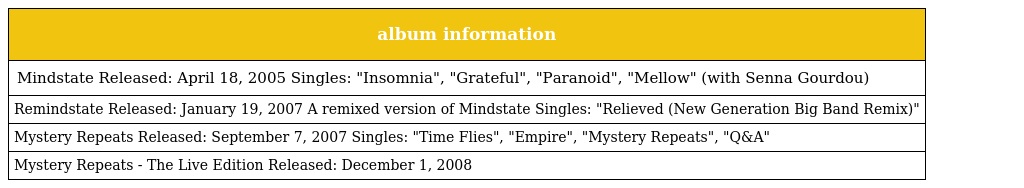
| album information |
 | --- |
 | Mindstate Released: April 18, 2005 Singles: "Insomnia", "Grateful", "Paranoid", "Mellow" (with Senna Gourdou) |
 | Remindstate Released: January 19, 2007 A remixed version of Mindstate Singles: "Relieved (New Generation Big Band Remix)" |
 | Mystery Repeats Released: September 7, 2007 Singles: "Time Flies", "Empire", "Mystery Repeats", "Q&A" |
 | Mystery Repeats - The Live Edition Released: December 1, 2008 |